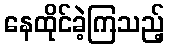
နေထိုင်ခဲ့ကြသည့်